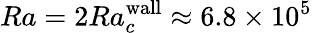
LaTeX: Ra=2Ra_{c}^{\textrm{wall}}\approx 6.8\times 10^{5}